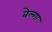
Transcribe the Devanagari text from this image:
बेल्गा